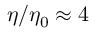
\eta / \eta _ { 0 } \approx 4